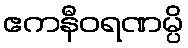
ဧကနီဝရဏမ္ပိ